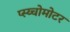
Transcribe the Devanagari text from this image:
प्स्य्चोमोटर